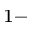
^ { 1 - }